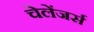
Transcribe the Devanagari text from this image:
चेलेंजर्स